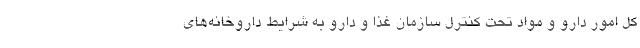
کل امور دارو و مواد تحت کنترل سازمان غذا و دارو به شرایط داروخانه‌های